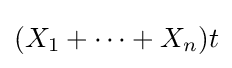
(X_{1}+\cdots +X_{n})t